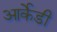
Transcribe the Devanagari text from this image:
आर्केडी